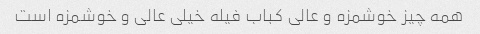
همه چیز خوشمزه و عالی کباب فیله خیلی عالی و خوشمزه است